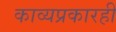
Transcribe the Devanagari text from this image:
काव्यप्रकारही